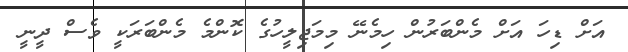
އަށް ޑިހަ އަށް މެންބަރުން ހިމެނޭ މިމަޖިލީހުގެ ކޮންމެ މެންބަރަކީ ވެސް ދީނީ